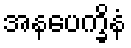
အနပေက္ခိနံ